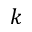
k